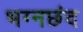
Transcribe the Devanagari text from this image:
भग्नछंद